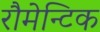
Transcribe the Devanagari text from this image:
रौमेन्टिक